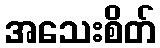
အသေးစိတ်